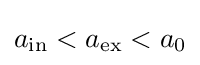
a_{\mathrm {in} }<a_{\mathrm {ex} }<a_{0}